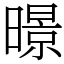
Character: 暻